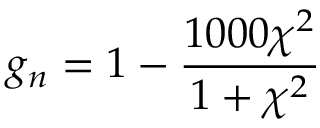
g _ { n } = 1 - \frac { 1 0 0 0 \chi ^ { 2 } } { 1 + \chi ^ { 2 } }